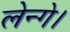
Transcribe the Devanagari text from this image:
लेन्गे।